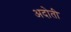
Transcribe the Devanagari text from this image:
अदोती